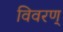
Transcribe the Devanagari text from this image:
विवरण्‌